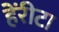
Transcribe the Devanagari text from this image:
हेंरीटा